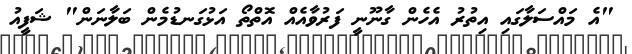
"އެ މައްސަލާގައި އިތުރު އެހެން ގާނޫނީ ފަރުވާއެއް އޮތްތޯ އަޅުގަނޑުމެން ބަލާނަން" ޝަފީއު